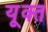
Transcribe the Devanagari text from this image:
यूक्त